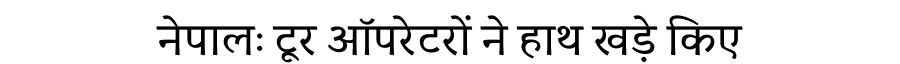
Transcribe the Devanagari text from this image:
नेपालः टूर ऑपरेटरों ने हाथ खड़े किए